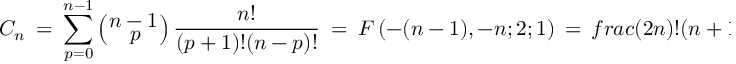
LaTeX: C _ { n } \ = \ \sum _ { p = 0 } ^ { n - 1 } \left( _ { { \displaystyle \ \ \ p \ } } ^ { { \displaystyle n - 1 } } \right) \frac { n ! } { ( p + 1 ) ! ( n - p ) ! } \ = \ F \left( - ( n - 1 ) , - n ; 2 ; 1 \right) \ = \, f r a c { ( 2 n ) ! } { ( n + 1 ) ! n ! } \ ,